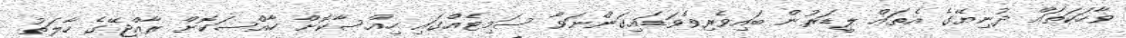
ވާހަކަތައް ދުނިޔޭގެ އެތައް ލީޑަރުން ބައިވެރިވެވަޑައިގަންނަވާ ސަމިޓެއްގައި ހިއްސާކޮށް ހާއްސަކޮށް ރާއްޖޭގެ ހާލަތު